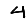
Digit: 4